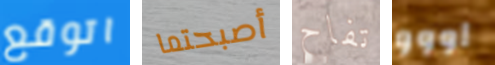
اتوقع أصبحتما تفاح اووو